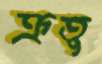
ক্রতু